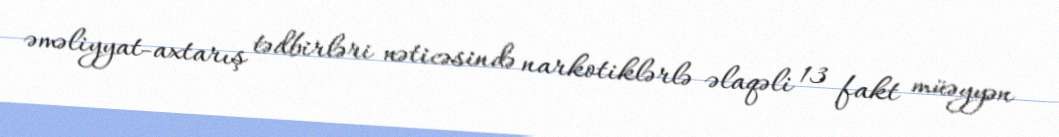
əməliyyat-axtarış tədbirləri nəticəsində narkotiklərlə əlaqəli 13 fakt müəyyən